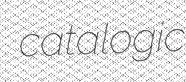
catalogic